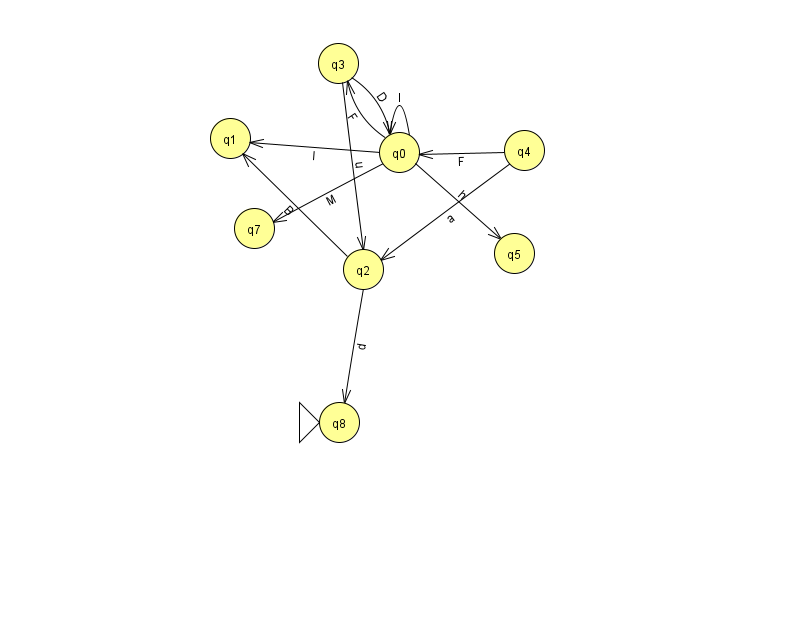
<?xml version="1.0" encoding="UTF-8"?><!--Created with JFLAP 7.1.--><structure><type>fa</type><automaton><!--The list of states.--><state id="0" name="q0"><x>399.0</x><y>139.0</y></state><state id="1" name="q1"><x>230.0</x><y>125.0</y></state><state id="2" name="q2"><x>363.0</x><y>256.0</y></state><state id="3" name="q3"><x>338.0</x><y>50.0</y></state><state id="4" name="q4"><x>524.0</x><y>137.0</y></state><state id="5" name="q5"><x>514.0</x><y>240.0</y></state><state id="7" name="q7"><x>254.0</x><y>215.0</y></state><state id="8" name="q8"><x>339.0</x><y>409.0</y><initial/></state><!--The list of transitions.--><transition><from>2</from><to>8</to><read>d</read></transition><transition><from>4</from><to>0</to><read>F</read></transition><transition><from>0</from><to>1</to><read>I</read></transition><transition><from>0</from><to>7</to><read>M</read></transition><transition><from>4</from><to>2</to><read>a</read></transition><transition><from>2</from><to>1</to><read>B</read></transition><transition><from>0</from><to>3</to><read>F</read></transition><transition><from>3</from><to>2</to><read>u</read></transition><transition><from>3</from><to>0</to><read>D</read></transition><transition><from>0</from><to>0</to><read>l</read></transition><transition><from>0</from><to>5</to><read>h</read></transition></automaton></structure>